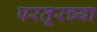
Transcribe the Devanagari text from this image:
परतूरच्या